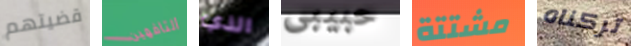
قضيتهم التافهين الذي حبيبى مشتتة تركناه